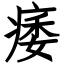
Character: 痿